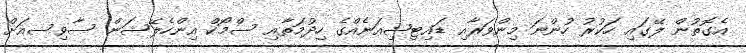
އެގޮތުން ލޭގައި ހަކުރު ހުންނަ މިންވަރާއި ޑައިޓިޝިއަނެއްގެ ހިދުމަތާއި ސްމޯކް އިންހެލޭޝަން ސާވިސއަށް